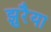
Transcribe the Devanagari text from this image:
झुरैया